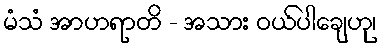
မံသံ အာဟရာတိ - အသား ဝယ်ပါချေဟု၊